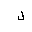
Letter: _lam